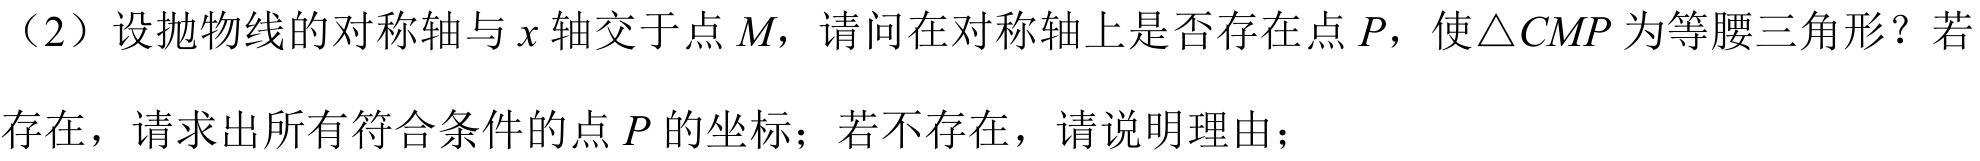
（2）设抛物线的对称轴与\(x\)轴交于点\(M\)，请问在对称轴上是否存在点\(P\)，使\(\triangle CMP\)为等腰三角形？若存在，请求出所有符合条件的点\(P\)的坐标；若不存在，请说明理由；